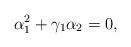
LaTeX: \begin{align*}\alpha_{1}^{2}+\gamma_{1}\alpha_{2}=0,\end{align*}